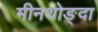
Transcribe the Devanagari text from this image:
मीनथोङ्दा